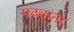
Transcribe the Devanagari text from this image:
गढ्यांना